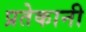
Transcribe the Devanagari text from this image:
प्रतेकानी